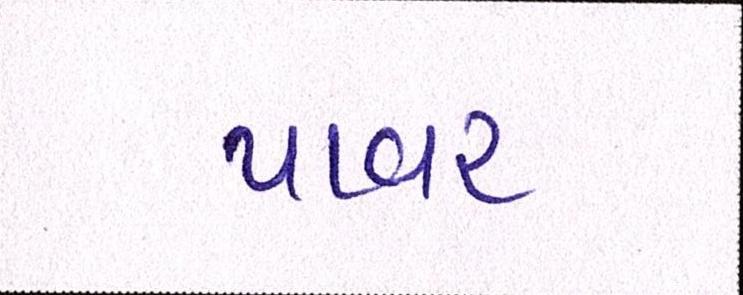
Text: પાવર